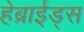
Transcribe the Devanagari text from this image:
हेब्राईड्स